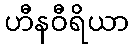
ဟီနဝီရိယာ